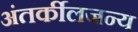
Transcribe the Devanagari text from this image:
अंतर्कीलजन्य